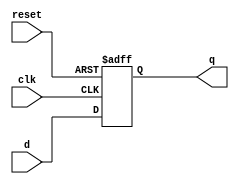
module d_flip_flop (
    input wire clk,      // Clock input
    input wire reset,    // Reset input (active low)
    input wire d,        // Data input
    output reg q         // Data output
);

always @(posedge clk or negedge reset)
begin
    if (!reset)
        q <= 1'b0;      // Output is cleared on reset
    else
        q <= d;         // Output is updated with input data on positive clock edge
end

endmodule